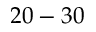
2 0 - 3 0